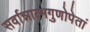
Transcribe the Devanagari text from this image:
सर्वान्नात्मगुणोपेतां